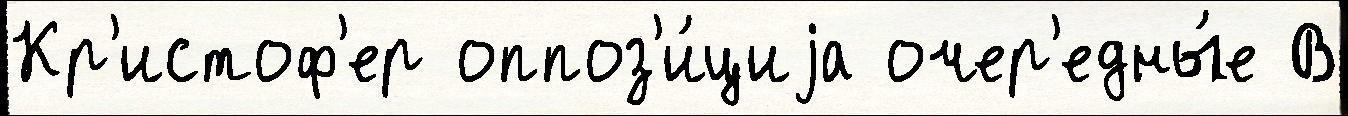
Кр'истоф'ер оппоз'и́циjа очер'едны́е В